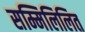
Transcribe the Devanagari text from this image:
सम्मिलिलित